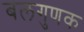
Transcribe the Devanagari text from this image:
बलगुणक